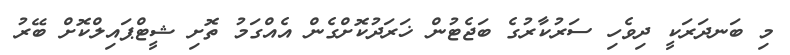
މި ބަނދަރަކީ ދިވެހި ސަރުކާރުގެ ބަޖެޓުން ޚަރަދުކޮށްގެން އެއްގަމު ތޮށި ޝީޓްޕައިލްކޮށް ބޭރު